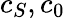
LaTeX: c_{S},c_{0}